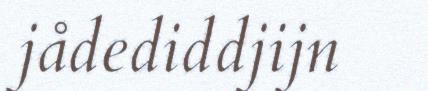
jådediddjijn